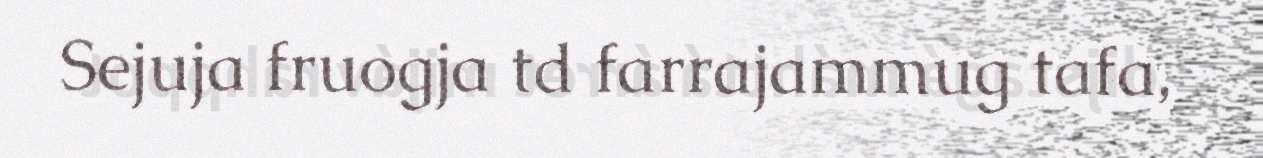
Sejuja fruogja td farrajammug tafa,